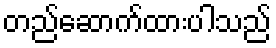
တည်ဆောက်ထားပါသည်